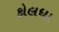
કોલધા